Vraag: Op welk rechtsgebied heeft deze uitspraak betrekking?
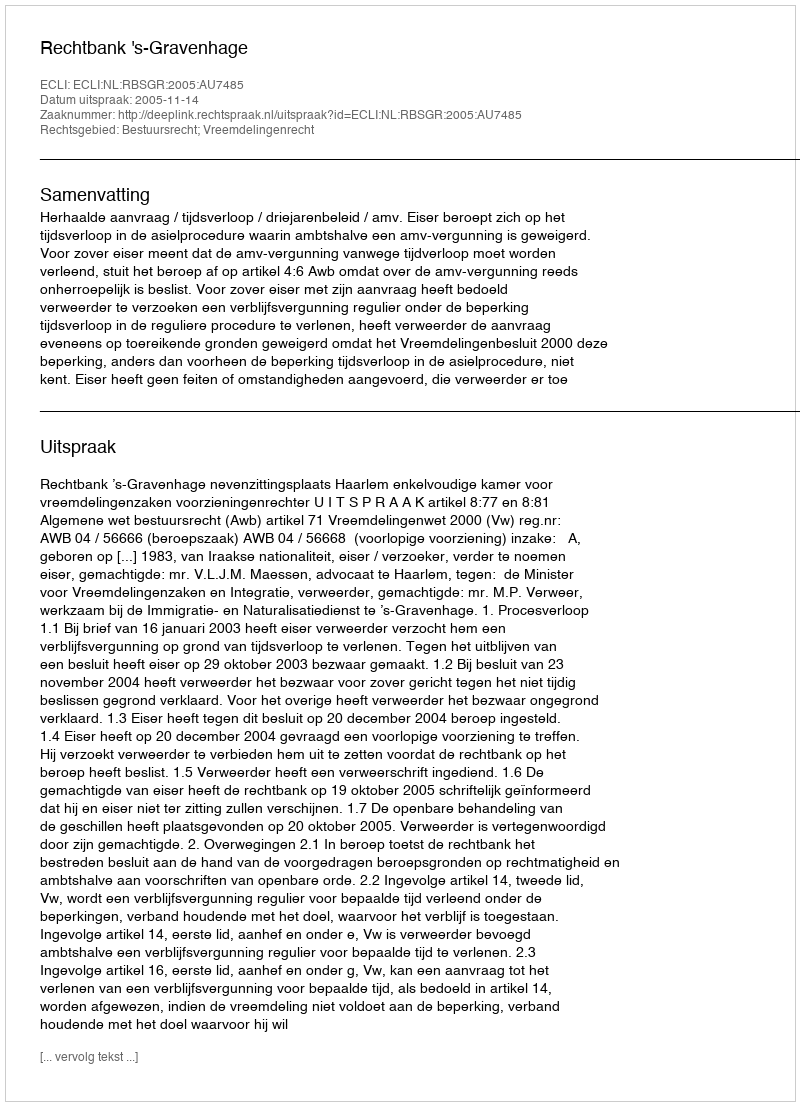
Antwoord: Bestuursrecht; Vreemdelingenrecht